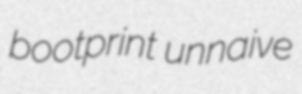
bootprint unnaive